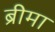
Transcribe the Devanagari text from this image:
ब्रीमा